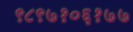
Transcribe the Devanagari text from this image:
९८९७१०६१७७